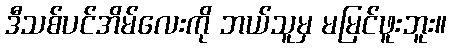
ဒီသစ်ပင်အိမ်လေးကို ဘယ်သူမှ မမြင်ဖူးဘူး။